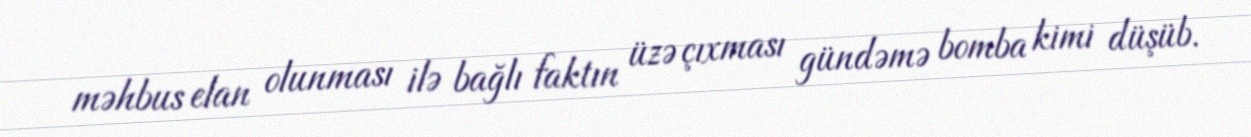
məhbus elan olunması ilə bağlı faktın üzə çıxması gündəmə bomba kimi düşüb.